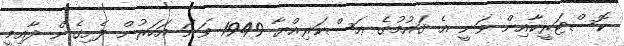
ކޮސްޓަރީކާއިން ވަނީ އެ ޤައުމުގެ ޢަސްކަރިއްޔާ 1949 ވަނަ އަހަރުން ފެށިގެން ދާއިމީ